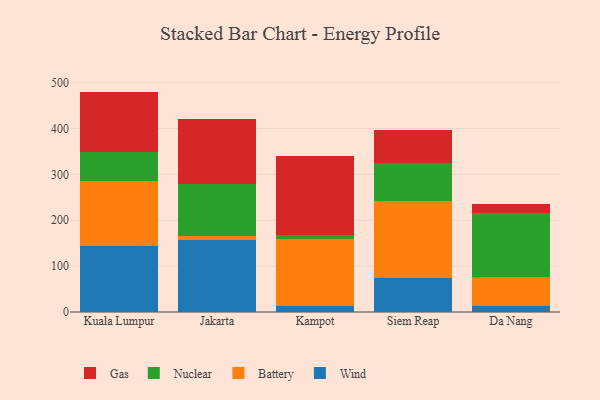
{"axis": {"x": "City", "y": "Customer Acquisition Cost (USD)"}, "legend": ["Battery", "Gas", "Nuclear", "Wind"], "data": [{"x": "Kuala Lumpur", "y": 143.3, "type": "Wind"}, {"x": "Kuala Lumpur", "y": 141.3, "type": "Battery"}, {"x": "Kuala Lumpur", "y": 65.2, "type": "Nuclear"}, {"x": "Kuala Lumpur", "y": 130.7, "type": "Gas"}, {"x": "Jakarta", "y": 156.0, "type": "Wind"}, {"x": "Jakarta", "y": 9.2, "type": "Battery"}, {"x": "Jakarta", "y": 114.3, "type": "Nuclear"}, {"x": "Jakarta", "y": 140.5, "type": "Gas"}, {"x": "Kampot", "y": 13.2, "type": "Wind"}, {"x": "Kampot", "y": 144.9, "type": "Battery"}, {"x": "Kampot", "y": 10.5, "type": "Nuclear"}, {"x": "Kampot", "y": 172.3, "type": "Gas"}, {"x": "Siem Reap", "y": 74.1, "type": "Wind"}, {"x": "Siem Reap", "y": 168.2, "type": "Battery"}, {"x": "Siem Reap", "y": 83.0, "type": "Nuclear"}, {"x": "Siem Reap", "y": 71.3, "type": "Gas"}, {"x": "Da Nang", "y": 13.6, "type": "Wind"}, {"x": "Da Nang", "y": 61.9, "type": "Battery"}, {"x": "Da Nang", "y": 141.1, "type": "Nuclear"}, {"x": "Da Nang", "y": 18.1, "type": "Gas"}]}